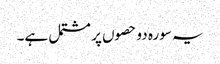
یہ سورہ دو حصوں پر مشتمل ہے۔